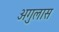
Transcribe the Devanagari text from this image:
अगुलास